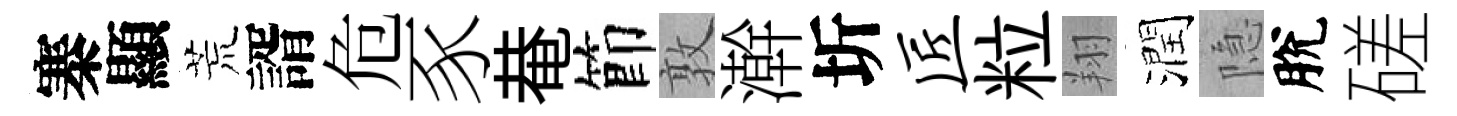
寨顯荒諝危豕𤲅節敦澣圻匠粒翔潤隐脫磋